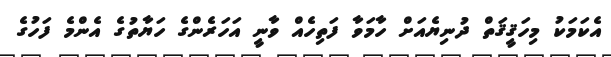
އެކަމަކު މިހަޤީޤަތް ދުނިޔެއަށް ހާމަވާ ފަތިހެއް ވާނީ އަހަރެންގެ ހަޔާތުގެ އެންމެ ފަހުގެ